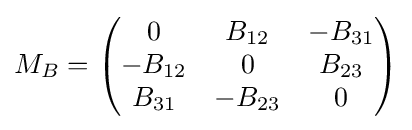
M_{B}={\begin{pmatrix}0&B_{12}&-B_{31}\\-B_{12}&0&B_{23}\\B_{31}&-B_{23}&0\end{pmatrix}}